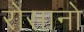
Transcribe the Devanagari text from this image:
रोसानो